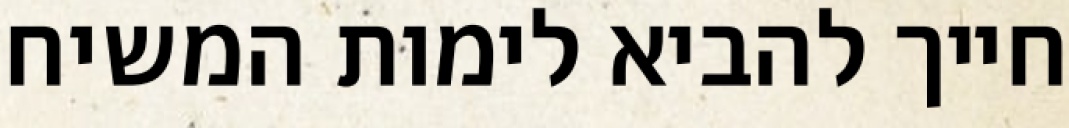
חייך להביא לימות המשיח